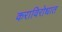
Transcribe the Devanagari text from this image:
कराविरोधात